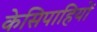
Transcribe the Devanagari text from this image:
केसिपाहियों